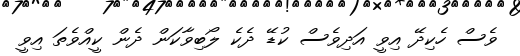
ވެސް ހެކިދޭ އިވީ އަދިވެސް ކުޑޭ ދެކެ ލޯބިވާކަން ދެން ކީއްވެތަ އިވީ